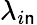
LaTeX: \lambda_{i\mathsf{n}}